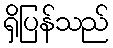
ရှိပြန်သည်